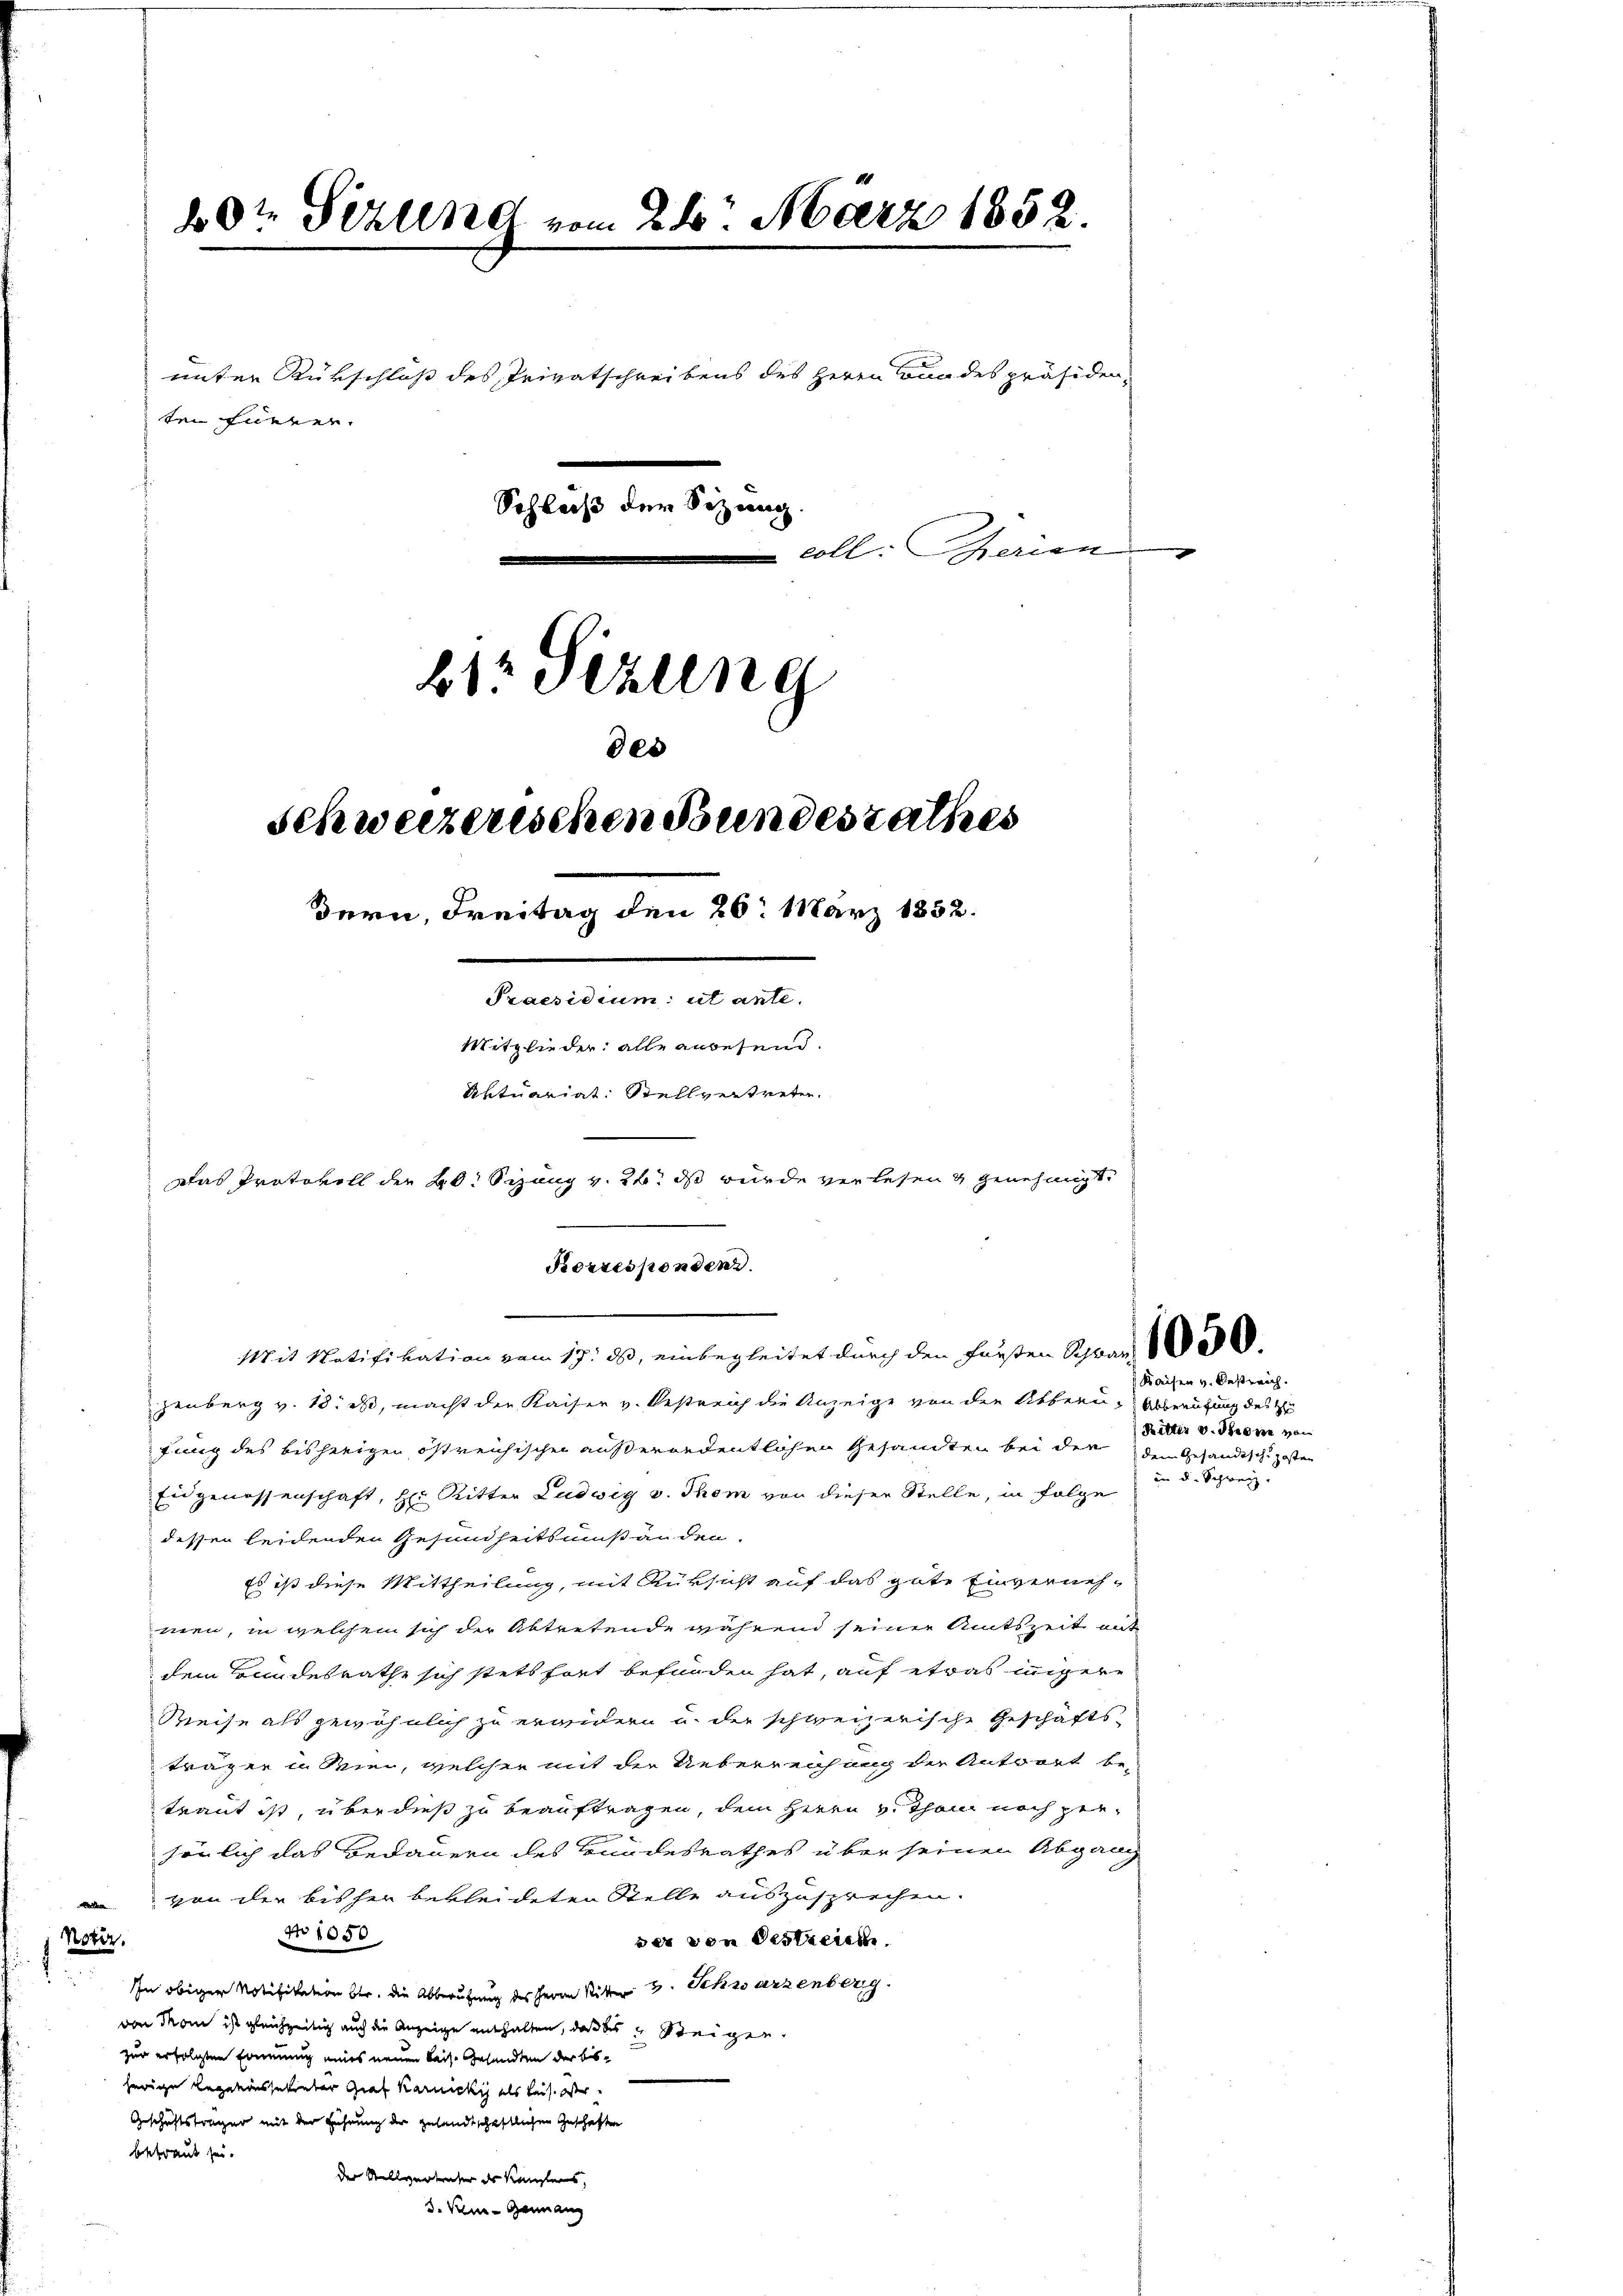
20t Setzung vom 24. März 1852.

unter Rükschluß des Privatschreibens des Herrn von des präsiden,
ten currer.
Schluß der Sizung.
coll: Gerien
btr sezung
des
Schweizerischen Bundesrathes

Bern, Freitag den 26. März 1832.
.
Mitglieder alle anwesend.
Aktuariat Stellvertreten.
.

Das Protokoll der 20. Stang v. 24. ds wurde verlesen & genehmigt.

Korrespondenz.
Mit Notifikation vom 17. ds, einbegleitet durch den Fürsten Schwan al

zenberg v. 18. ds, macht der Kaiser v. Oestreich die Anzeige von den Albern, Abberufung des H
fung des bisherigen östreichischen außerordentlichen Gesandten bei den dem Gesandtschi posten
Eidgenossenschaft, Hr. Ritter Ludwig v. Thom von dieser Stelle, in Folge
dessen leidenden Gesundheitsumstanden.
Es ist diese Mittheilung, mit Rüksicht auf das gute Einvernehmen, in welchem sich der Abtretende während seiner Amtszeit und
dem Bundesrathe sich stets fort befunden hat, auf etwas inigere
Reise als gewöhnlich zu erwidern u. der schweizerische Geschäfts-
träger u. Wien, welcher mit der Ueberreichung der Antwort be-
traut ist, überdieß zu beauftragen, dem Herrn v. Thon noch persönlich das Bedauern des Bundesrathes über seinen Abgang
von der bisher bekleideten Stelle auszusprechen.
No 1050
Notiz.
der von Bestreiche
In obiger Notifikation bei. die Abberufung des Herrn Ritte 3. Schwarzenberg.
von Mann ist gleichzeitig auch die Anzeige enthalten, daß des Steiger
zur erfolgten Commung eines neuen Reise Gesandten der beherige Legationssekreter Graf Karneckig als leis der
Geschäftsfolger mit der Führung der gesandtschaftlichen Geschäften
befraut sei.
der Stellvertenter des Kanzlers,
3. Sen-Germang

g

Kaisen v. Oestreich.
Ritter v. Steine von